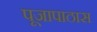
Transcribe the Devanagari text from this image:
पूजापाठास